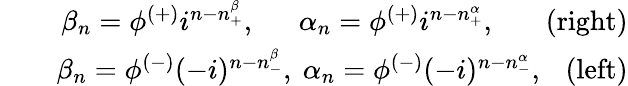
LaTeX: \begin{array}{rlr}&{}&{\beta_{n}=\phi^{(+)}i^{n-n_{+}^{\beta}},~~~~~~\alpha_{n}=\phi^{(+)}i^{n-n_{+}^{\alpha}},~~~~~~~\mathrm{(right)}}\\ &{}&{\beta_{n}=\phi^{(-)}(-i)^{n-n_{-}^{\beta}},~\alpha_{n}=\phi^{(-)}(-i)^{n-n_{-}^{\alpha}},~~~\mathrm{(left)}}\end{array}